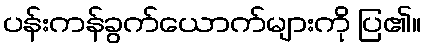
ပန်းကန်ခွက်ယောက်များကို ပြ၏။